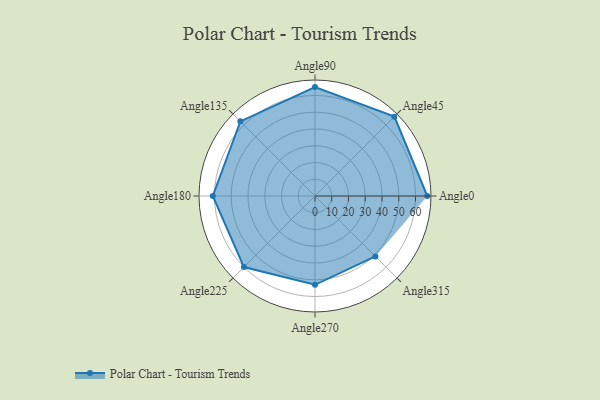
{"axis": {"x": "Angle", "y": "Radius"}, "legend": [""], "data": [{"x": "Angle0", "y": 67.0, "type": ""}, {"x": "Angle45", "y": 67.0, "type": ""}, {"x": "Angle90", "y": 65.0, "type": ""}, {"x": "Angle135", "y": 63.0, "type": ""}, {"x": "Angle180", "y": 61.0, "type": ""}, {"x": "Angle225", "y": 60.0, "type": ""}, {"x": "Angle270", "y": 53.0, "type": ""}, {"x": "Angle315", "y": 51.0, "type": ""}]}